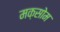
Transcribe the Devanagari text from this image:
मक़सोम